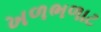
ખળભળાટ